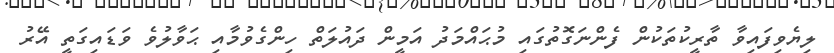
ލިޔެވިފައިވާ ތާރީކުތަކުން ފެންނަގޮތުގައި މުޙައްމަދު އަމީން ދައުލަތް ހިންގެވުމާއި ޙަވާލުވެ ވަޑައިގަތީ އޭރު